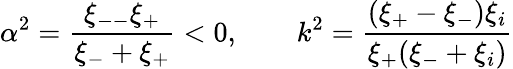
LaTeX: \alpha^{2}=\frac{\xi_{--}\xi_{+}}{\xi_{-}+\xi_{+}}<0,\qquad k^{2}=\frac{(\xi_{+}-\xi_{-})\xi_{i}}{\xi_{+}(\xi_{-}+\xi_{i})}